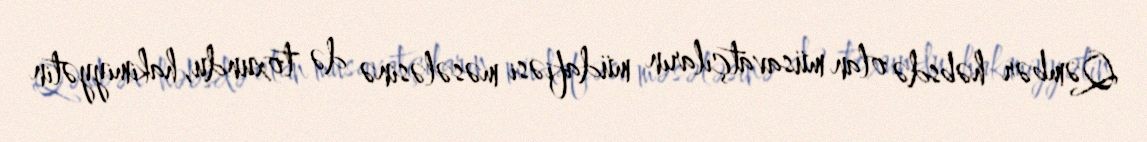
Qəmbər həbsdə olan müsavatçıların müdafiəsi məsələsinə də toxundu, hakimiyyətin